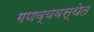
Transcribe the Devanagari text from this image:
गणव्यवस्थेत